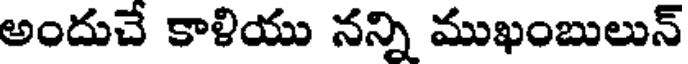
అందుచే కాళియు నన్ని ముఖంబులున్